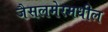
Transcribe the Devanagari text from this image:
जैसलमेरमधील